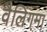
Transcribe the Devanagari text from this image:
वैलिंगमा